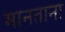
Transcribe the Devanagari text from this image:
मानताना